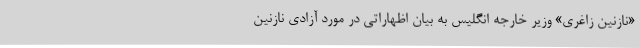
«نازنین زاغری» وزیر خارجه انگلیس به بیان اظهاراتی در مورد آزادی نازنین